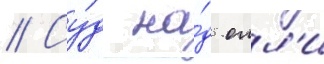
// Су́д на́д олл'и